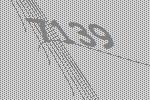
7139